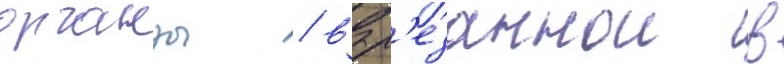
органзы / выр'езаннои в